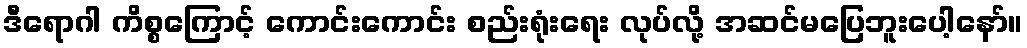
ဒီရောဂါ ကိစ္စကြောင့် ကောင်းကောင်း စည်းရုံးရေး လုပ်လို့ အဆင်မပြေဘူးပေါ့နော်။